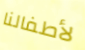
لأطفالنا